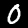
Label: 0